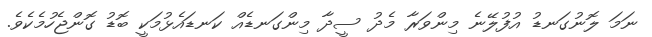
ނަމަ ލޮނުގަނޑު އުފުލޭނެ މިންވަރާ މެދު ސީދާ މިންގަނޑެއް ކަނޑައެޅުމަކީ ބޮޑު ގޮންޖެހުމެކެވެ.